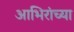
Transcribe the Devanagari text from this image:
आभिरांच्या